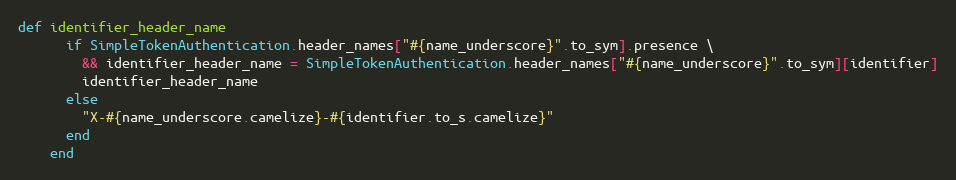
Language: Ruby
def identifier_header_name
      if SimpleTokenAuthentication.header_names["#{name_underscore}".to_sym].presence \
        && identifier_header_name = SimpleTokenAuthentication.header_names["#{name_underscore}".to_sym][identifier]
        identifier_header_name
      else
        "X-#{name_underscore.camelize}-#{identifier.to_s.camelize}"
      end
    end